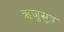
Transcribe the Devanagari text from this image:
ऋजुसूत्र